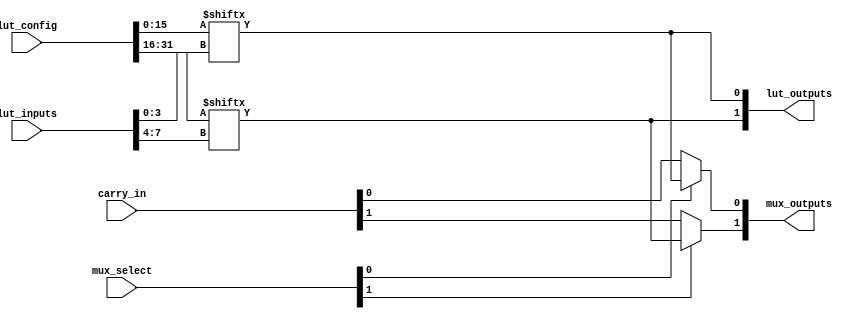
module CLB #(parameter LUT_SIZE = 16, // Number of LUT entries (for 4-input LUT)
             parameter NUM_LUTS = 2) // Number of LUTs in the CLB
(
    input  wire [NUM_LUTS*4-1:0]  lut_inputs, // Inputs to the LUTs
    input  wire [NUM_LUTS*LUT_SIZE-1:0] lut_config, // Configuration bits for LUTs
    input  wire [NUM_LUTS-1:0]     mux_select, // MUX selection signals
    input  wire [NUM_LUTS-1:0]     carry_in, // Carry inputs for arithmetic operations
    output wire [NUM_LUTS-1:0]     lut_outputs, // Outputs from the LUTs
    output wire [NUM_LUTS-1:0]     mux_outputs // Outputs from the MUXes
);

// LUT implementation
genvar i;
generate
    for (i = 0; i < NUM_LUTS; i = i + 1) begin : lut_block
        wire [3:0] inputs = lut_inputs[i*4 +: 4]; // Select 4 inputs for each LUT
        wire [LUT_SIZE-1:0] config = lut_config[i*LUT_SIZE +: LUT_SIZE]; // Configuration for each LUT

        // LUT logic: Generate output based on the inputs and configuration
        assign lut_outputs[i] = config[inputs]; // Assuming 'config' is a truth table
    end
endgenerate

// MUX implementation
generate
    for (i = 0; i < NUM_LUTS; i = i + 1) begin : mux_block
        assign mux_outputs[i] = (mux_select[i]) ? lut_outputs[i] : carry_in[i]; // Simple MUX logic
    end
endgenerate

endmodule